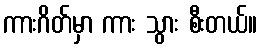
ကားဂိတ်မှာ ကား သွား စီးတယ်။